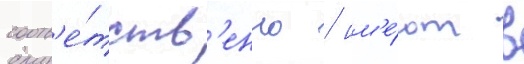
соотв'е́тств'енно / им'е́ют в